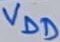
Text: VDD